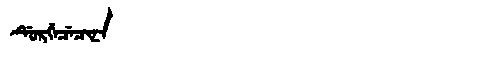
Manchu: ᡩᡠᡵᡤᡝᠴᡝᠴᡳᠨᠠ
Romanization: DURGECECINA